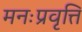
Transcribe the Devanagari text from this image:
मनःप्रवृत्ति